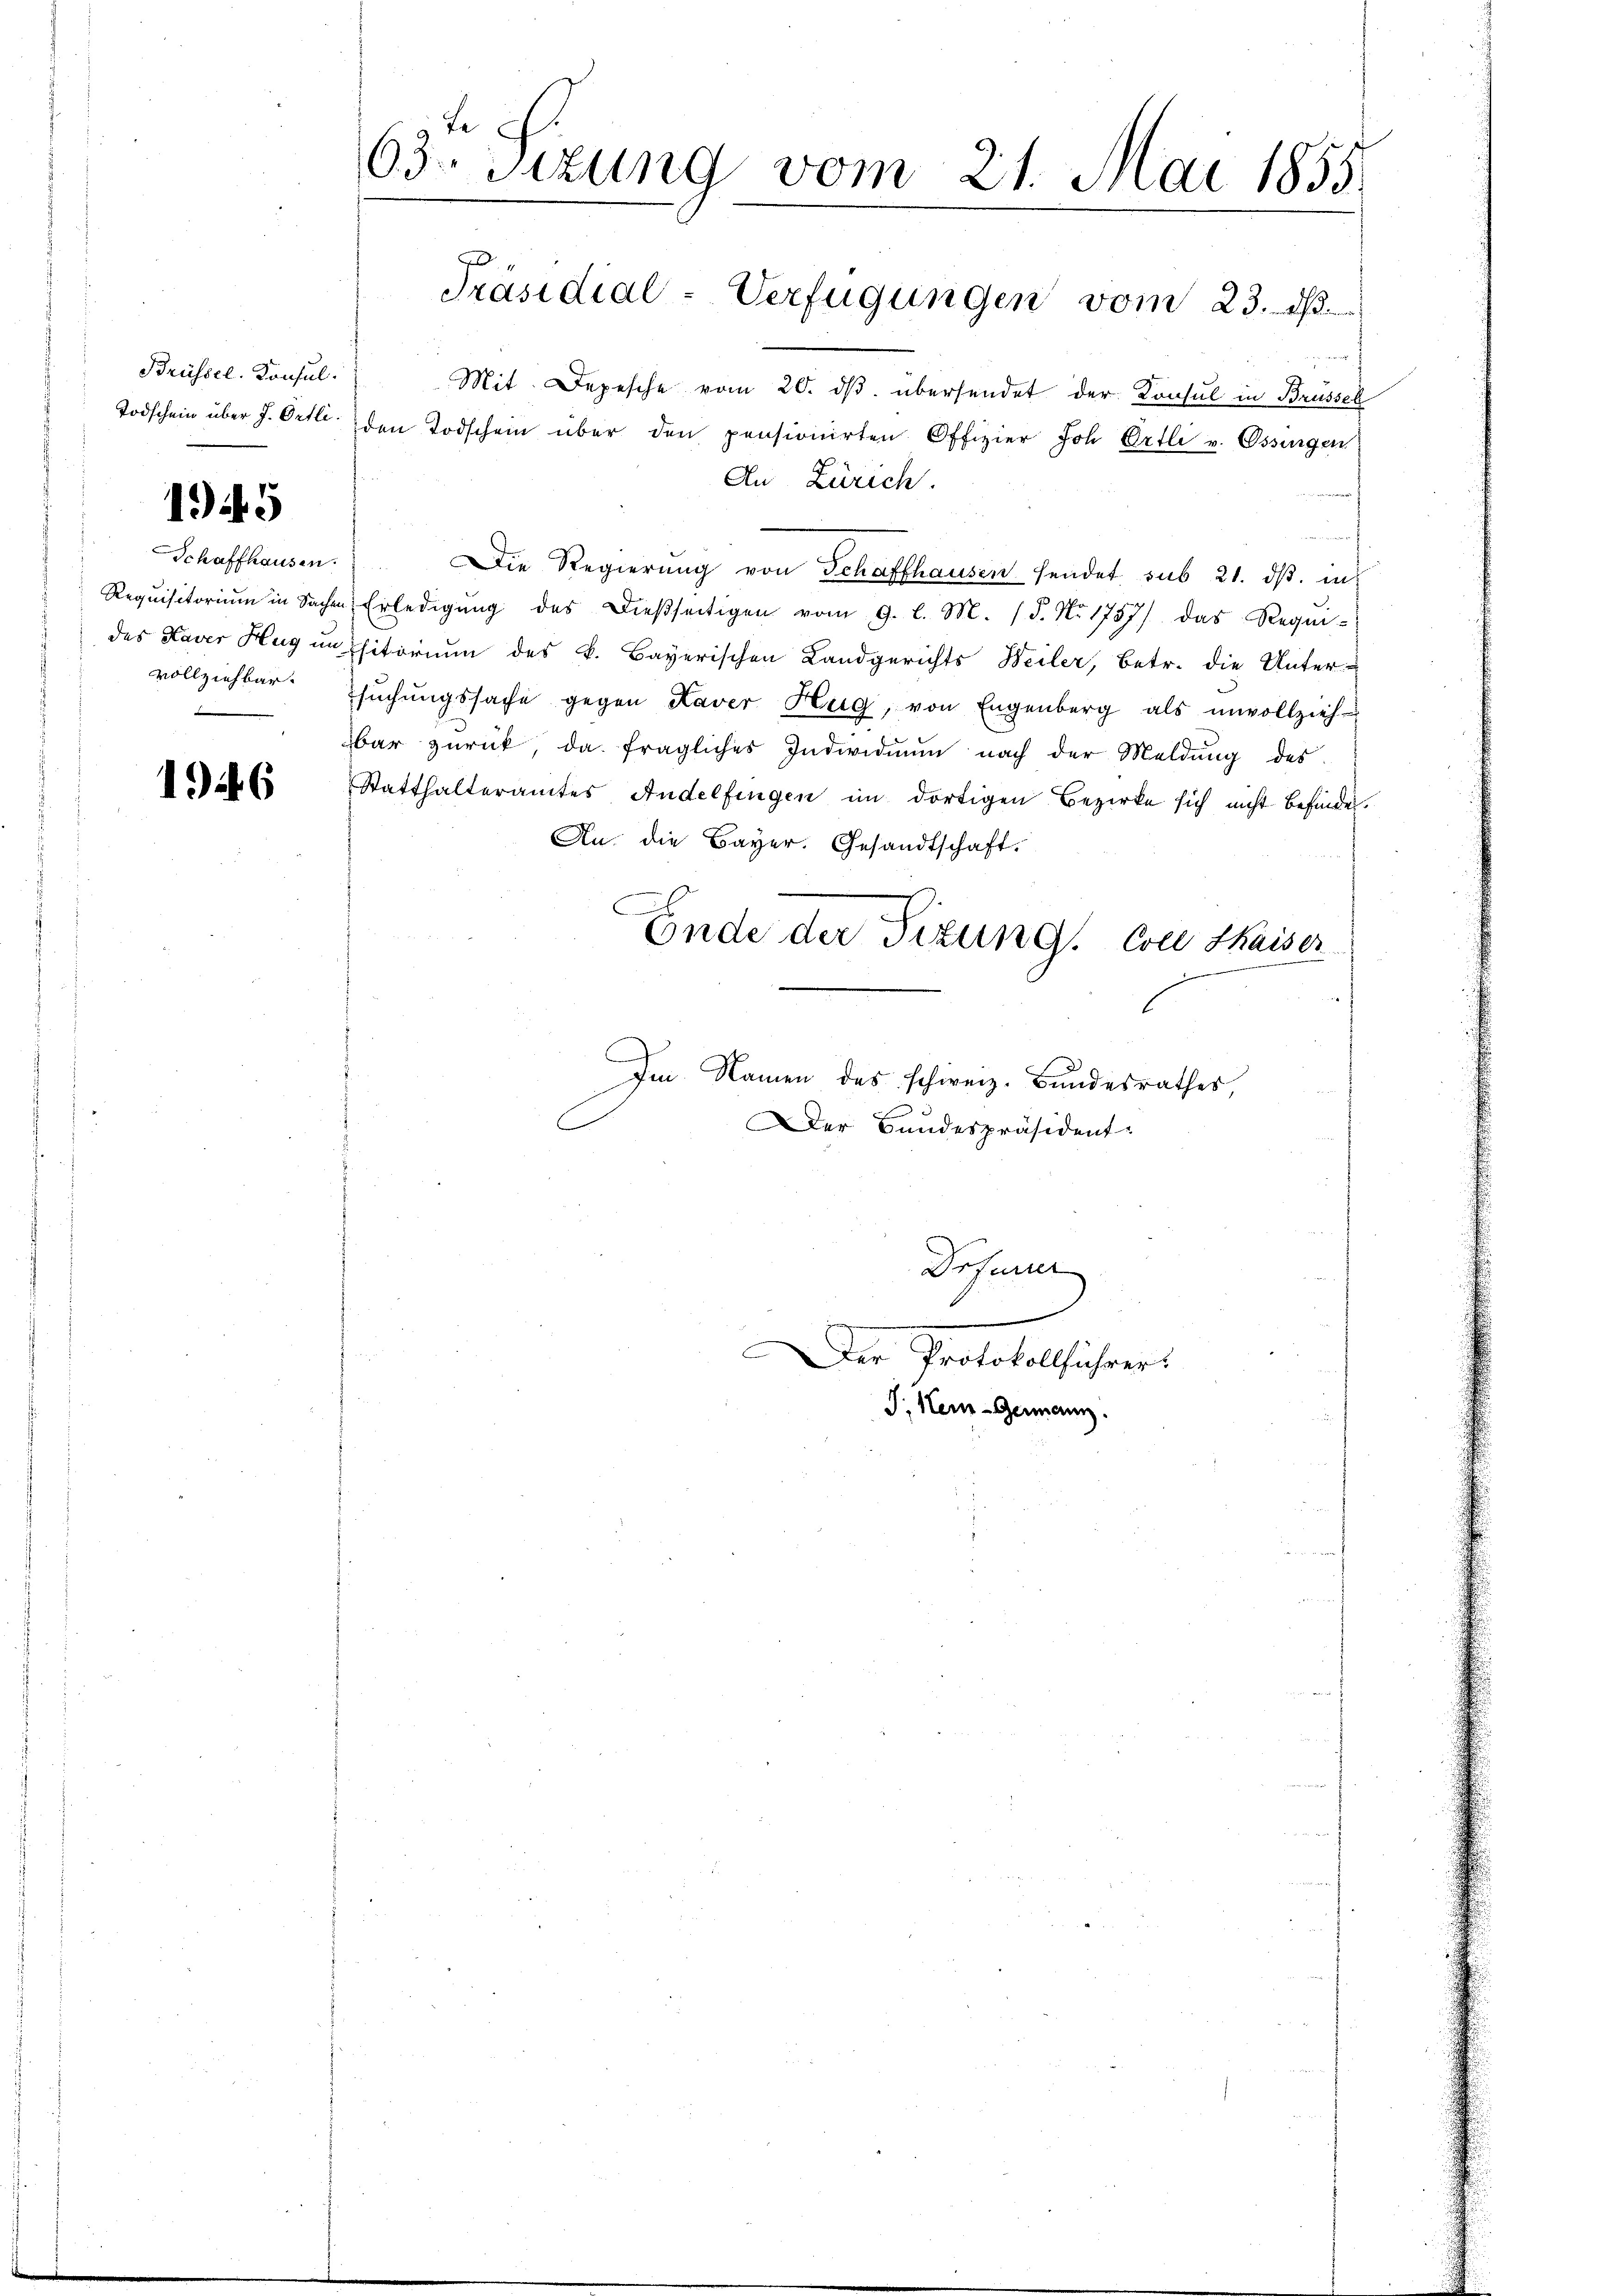
Brüssel. Konsul

1945

Schaffhausen.
vollziehbar.

1946

63. Sizung vom 21. Mai 1855.
Präsidial-Verfügungen vom 23. ds.

Mit Depesche vom 20. dβ übersendet der Konsul in Brüssel
Todschein über J. Orte den Todschein über den pensionirten Offizier Joh Örtli v. Ossingen
An Zürich.
Die Regierung von Schaffhausen sendet sub 21. ds. in
Requisitoriŭm in Sachen Erledigŭng des dießseitigen vom 9. l. M. 18. No. 1757) das Requi-
des Xaver Hug unsitorium des k. Bayerischen Landgerichts Weiler, betr. die Unter-
sŭchŭngssache gegen Kaver Hug, von Engenberg als unvollzieh-
bar zŭrück, da fragliches Individuum nach der Meldung des
Statthalteramtes Andelfingen im dortigen Bezirke sich nicht befinden.
An. die Bayer. Gesandtschaft.
Ende der Sizung Coc Shaiser
Im Namen des schweiz. Bundesrathes,
Der Bandespräsident-

J. Heur-Geme

Drfurrer